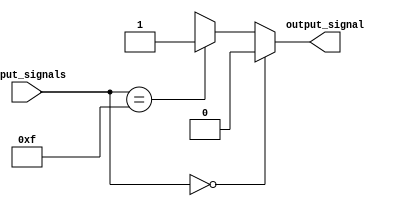
module generate_function(
    input [3:0] input_signals,
    output reg output_signal
);

always @(*) begin
    if(input_signals == 4'b0000) begin
        output_signal = 1'b0;
    end else if(input_signals == 4'b1111) begin
        output_signal = 1'b1;
    end else begin
        output_signal = 1'bX;
    end
end

endmodule